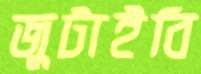
জুটাইবি